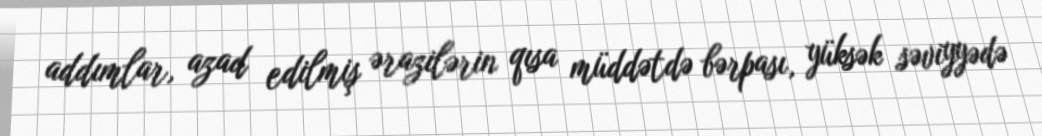
addımlar, azad edilmiş ərazilərin qısa müddətdə bərpası, yüksək səviyyədə